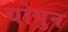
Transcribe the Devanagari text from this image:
योगुन